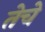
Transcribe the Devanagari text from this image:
तेचे